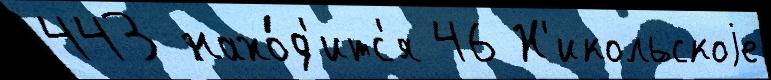
443 нахо́д'итс'я 46 Н'икольскоjе